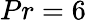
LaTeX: Pr=6